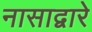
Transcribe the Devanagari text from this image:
नासाद्वारे